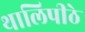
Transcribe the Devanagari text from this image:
थालिपीठे